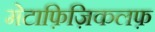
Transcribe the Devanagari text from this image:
मेटाफ़िज़िकलफ़